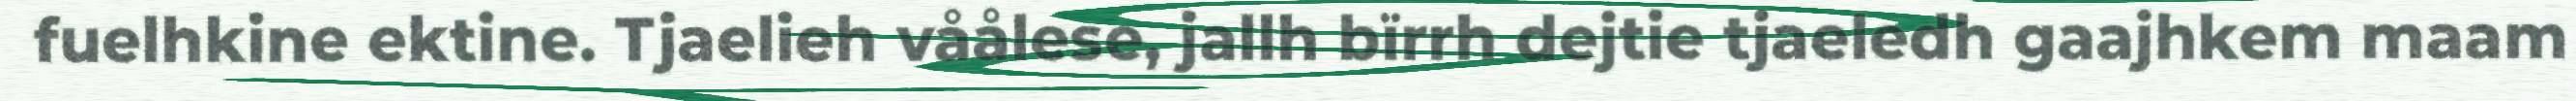
fuelhkine ektine. Tjaelieh våålese, jallh bïrrh dejtie tjaeledh gaajhkem maam